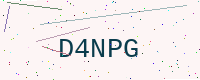
Text: D4NPG